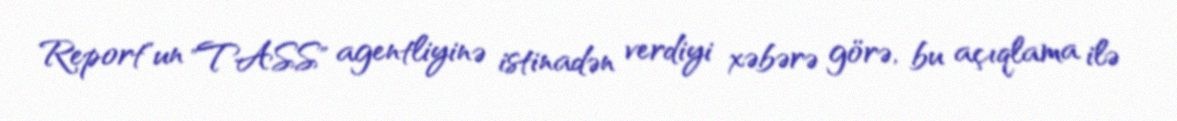
Report"un "TASS" agentliyinə istinadən verdiyi xəbərə görə, bu açıqlama ilə